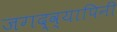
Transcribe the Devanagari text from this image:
जगद्व्यापिनीं